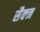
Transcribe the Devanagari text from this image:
सैक्ज